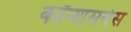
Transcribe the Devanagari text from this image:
कॉन्शसनेस